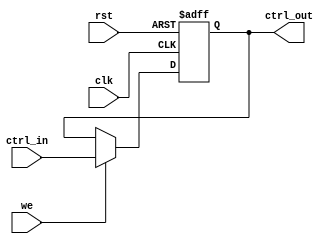
module control_register #(
    parameter N = 8  // Parameter to define the width of the control register
)(
    input wire clk,               // Clock signal
    input wire rst,               // Asynchronous reset signal
    input wire [N-1:0] ctrl_in,   // Control input
    input wire we,                // Write enable signal
    output reg [N-1:0] ctrl_out   // Control output
);

    // Asynchronous reset and synchronous write logic
    always @(posedge clk or posedge rst) begin
        if (rst) begin
            ctrl_out <= {N{1'b0}};  // Reset control register to all zeros
        end else if (we) begin
            ctrl_out <= ctrl_in;    // Update control register with control input
        end
        // If we is low, retain the previous value (no action needed)
    end

endmodule